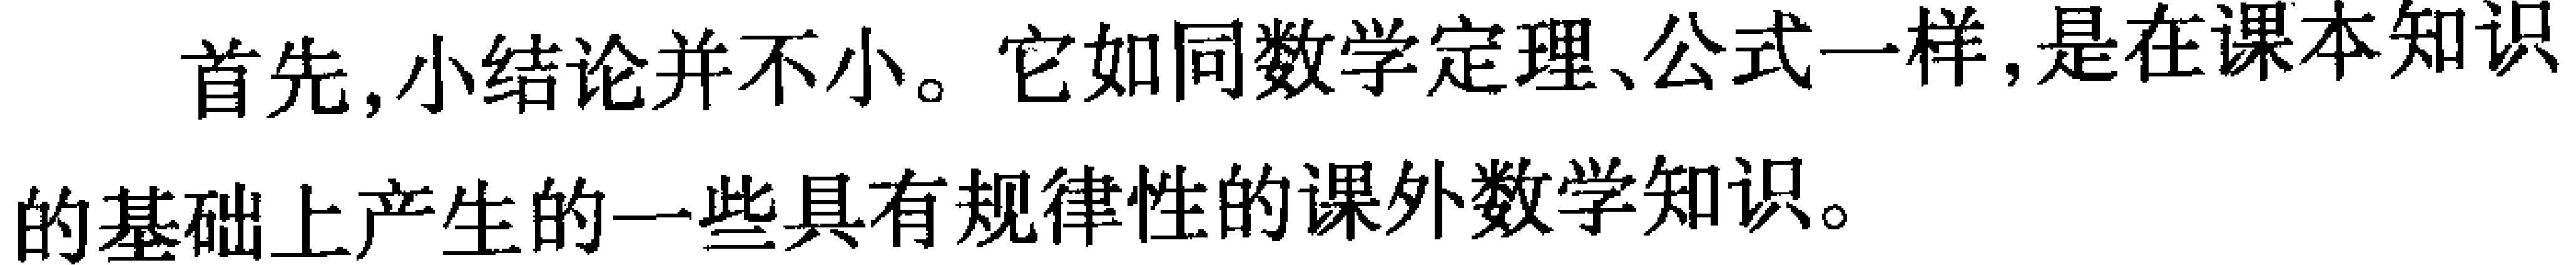
首先，小结论并不小。它如同数学定理、公式一样，是在课本知识的基础上产生的一些具有规律性的课外数学知识。